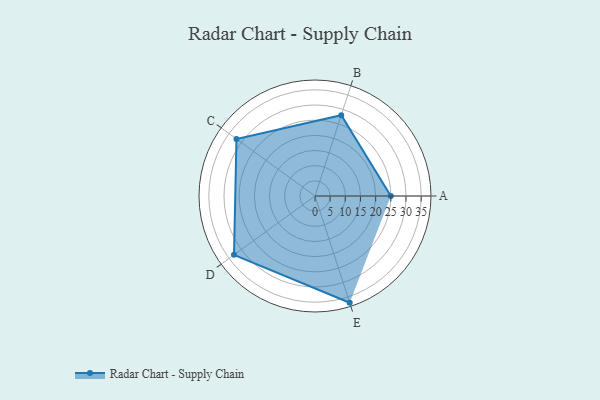
{"axis": {"x": "Skill", "y": "Score"}, "legend": ["Profile"], "data": [{"x": "A", "y": 25.0, "type": "Profile"}, {"x": "B", "y": 28.0, "type": "Profile"}, {"x": "C", "y": 32.0, "type": "Profile"}, {"x": "D", "y": 33.0, "type": "Profile"}, {"x": "E", "y": 37.0, "type": "Profile"}]}